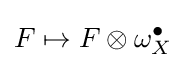
F\mapsto F\otimes \omega _{X}^{\bullet }